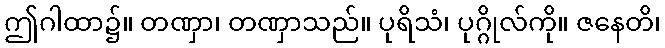
ဤဂါထာ၌။ တဏှာ၊ တဏှာသည်။ ပုရိသံ၊ ပုဂ္ဂိုလ်ကို။ ဇနေတိ၊